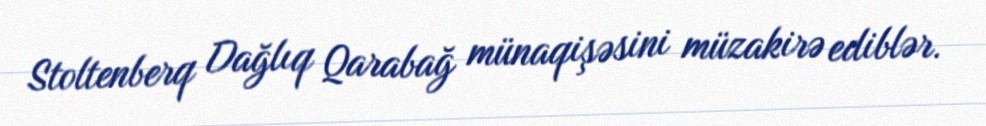
Stoltenberq Dağlıq Qarabağ münaqişəsini müzakirə ediblər.